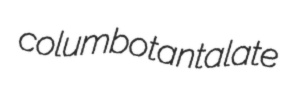
columbotantalate